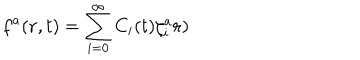
f ^ { a } ( { \bf r } , t ) = \sum _ { i = 0 } ^ { \infty } C _ { i } ( t ) \zeta _ { i } ^ { a } { \bf r } )